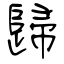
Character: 歸